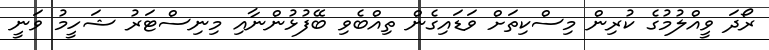
ރޯދަ ވީއްލުމުގެ ކުރިން މިސްކިތަށް ވަޑައިގެން ތިއްބެވި ބޭފުޅުންނާއި މިނިސްޓަރު ޝަހީމު ވަނީ